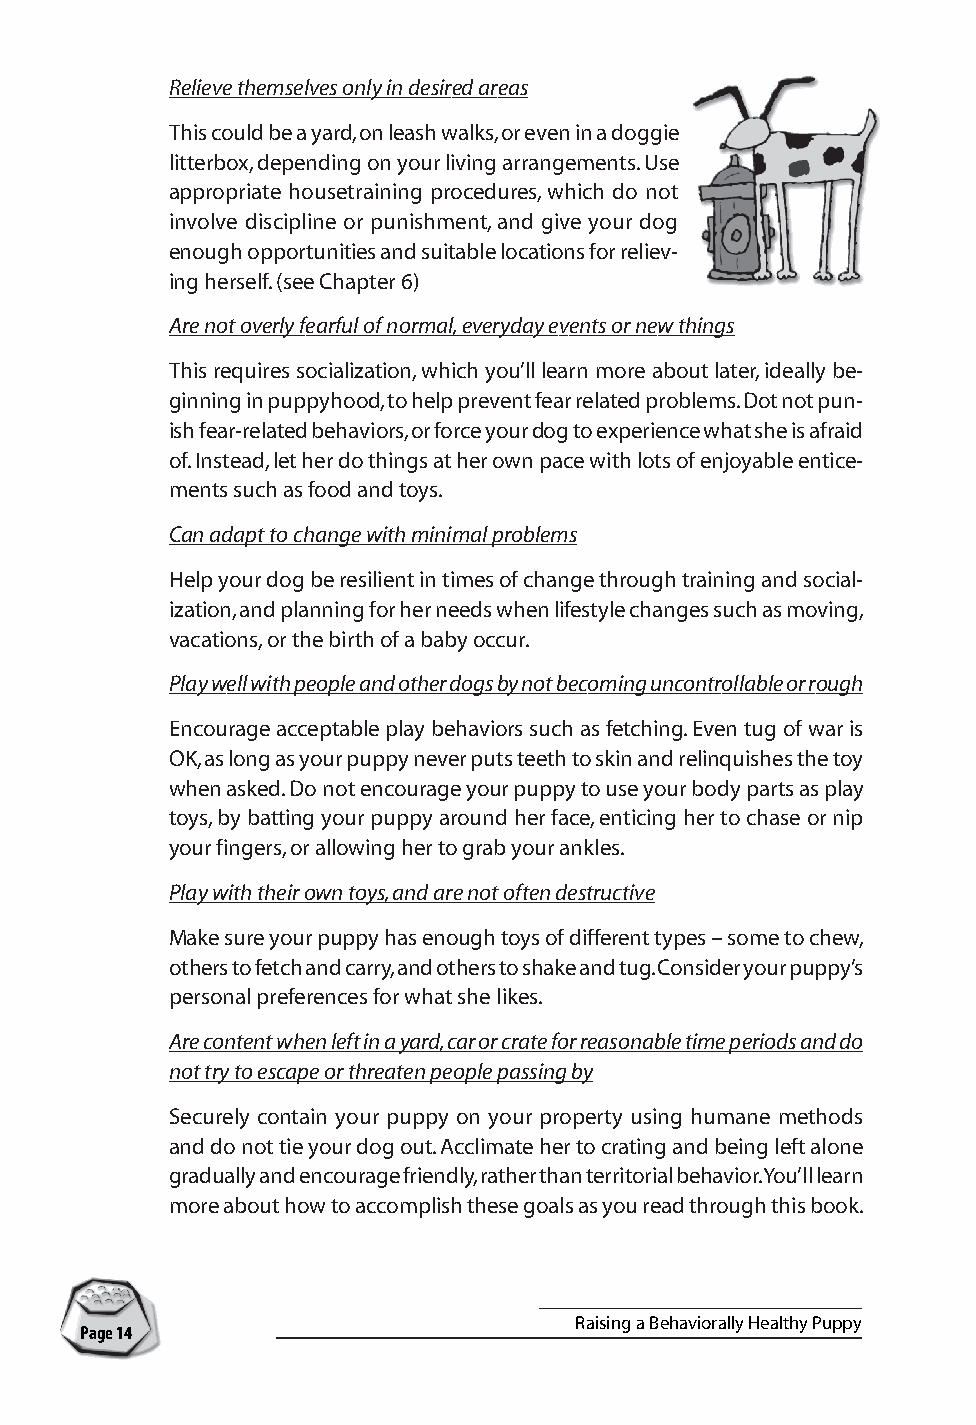
Relieve themselves only in desired areas
 This could be a yard, on leash walks, or even in a doggie
 litterbox, depending on your living arrangements. Use
 appropriate housetraining procedures, which do not
 involve discipline or punishment, and give your dog
 enough opportunities and suitable locations for reliev-
 ing herself. (see Chapter 6)
 Are not overly fearful of normal, everyday events or new things
 This requires socialization, which you’ll learn more about later, ideally be-
 ginning in puppyhood, to help prevent fear related problems. Dot not pun-
 ish fear-related behaviors, or force your dog to experience what she is afraid
 of. Instead, let her do things at her own pace with lots of enjoyable entice-
 ments such as food and toys.
 Can adapt to change with minimal problems
 Help your dog be resilient in times of change through training and social-
 ization, and planning for her needs when lifestyle changes such as moving,
 vacations, or the birth of a baby occur.
 Play well with people and other dogs by not becoming uncontrollable or rough
 Encourage acceptable play behaviors such as fetching. Even tug of war is
 OK, as long as your puppy never puts teeth to skin and relinquishes the toy
 when asked. Do not encourage your puppy to use your body parts as play
 toys, by batting your puppy around her face, enticing her to chase or nip
 your fingers, or allowing her to grab your ankles.
 Play with their own toys, and are not often destructive
 Make sure your puppy has enough toys of different types – some to chew,
 others to fetch and carry, and others to shake and tug. Consider your puppy’s
 personal preferences for what she likes.
 Are content when left in a yard, car or crate for reasonable time periods and do
 not try to escape or threaten people passing by
 Securely contain your puppy on your property using humane methods
 and do not tie your dog out. Acclimate her to crating and being left alone
 gradually and encourage friendly, rather than territorial behavior. You’ll learn
 more about how to accomplish these goals as you read through this book.
 Raising a Behaviorally Healthy Puppy
 Page 14